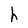
Character: h